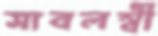
সাবলম্বী